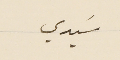
سَيدي